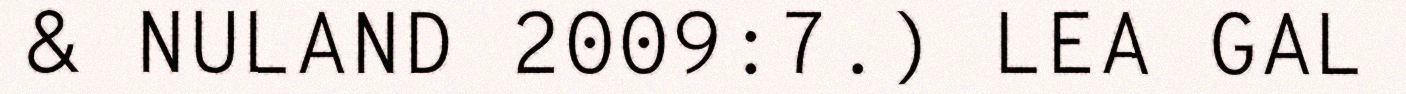
& NULAND 2009:7.) LEA GAL